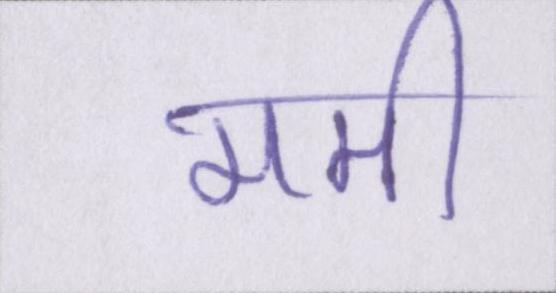
ममी